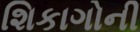
શિકાગોની